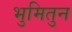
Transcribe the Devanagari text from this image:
भुमितुन